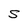
Character: S